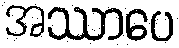
အဿာပေ